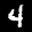
Label: 4